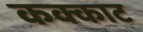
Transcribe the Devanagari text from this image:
कक्काट